Vaccination in Burma 1912-1922 - 1912-1922
Year: 1912
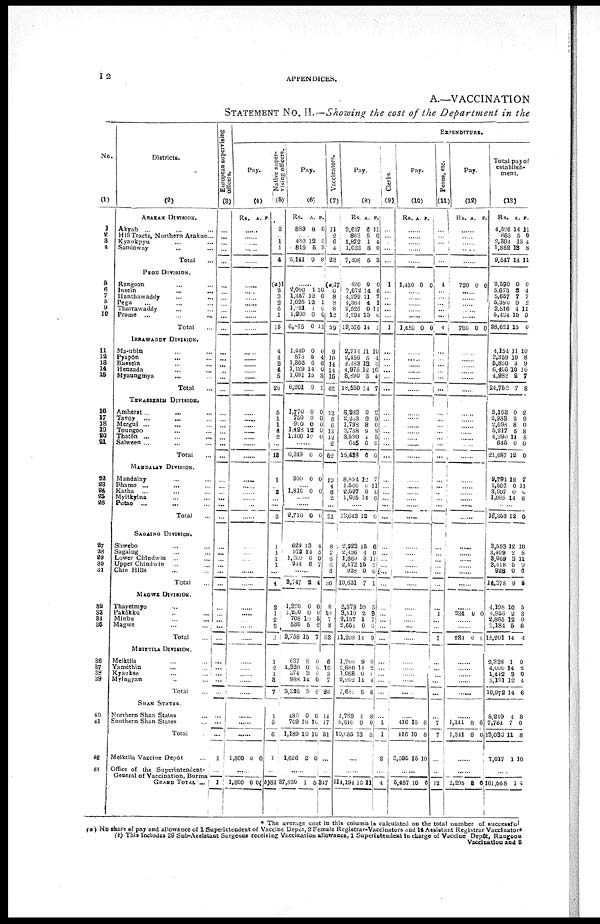
12
APPENDICES.
A.—VACCINATION
STATEMENT No. II.—Showing the cost of the Department in the
No.
(1)
1
2
3
4
5
6
7 8
9
10
11
12
13
14
15
16
17
18
19
20
21
22
23
24
25
26
27
28
29
30
31
32
33
34
35
36
37
38
39
40
41
42
42
Districts.
(2)
ARAKAN DIVISION.
Akyab ... ... ...
Hill Tracts, Northern Arakan ...
Kyankpyu ... ... ...
Sandoway ... ... ...
Total ...
PEGU DIVISION.
Rangoon ... ...
Insein ... ...
Hanthawaddy ... ...
Pegu ... ...
Tharrawaddy ... ...
Prome ... ... ...
Total ...
IRRAWADDY DIVISION.
Ma-ubin ... ...
Pyapôn ... ...
Bassein ... ...
Henzada ... ...
Myaungmya ... ...
Total ...
TEHAISIRIM DIVISION.
Amherst ... ...
Tavoy ... ...
Mergui ... ...
Toungoo ... ...
Thatôn ... ...
Salween ... ...
Total ...
MANDALAY DIVISION.
Mandalay ... ...
Bhamo ... ...
Katha ... ...
Myitkyina ... ...
Putao
...
...
Total ...
SAGAING DIVISION.
Shwebo ... ...
Sagaing ... ...
Lower Chindwin ... ...
Upper Chindwin ... ...
Chin Hills ... ...
Total ...
MAGWE DIVISION.
Thayetmyo ... ...
Pakôkku ... ...
Minbu ... ...
Magwe ... ...
Total ...
MEIKTILA DIVISION.
Meiktila ... ...
Yamèthin ... ...
Kyaukse ... ...
Myingyan ... ...
Total ...
SHAN STATES.
Northern Shan States ... ...
Southern Shan States ... ...
Total ...
Meiktila Vaccine Depôt ...
Office of the Superintendent-
General of Vaccination, Burma
GRAND TOTAL ...
European supervising
officers.
(3)
...
...
...
...
...
...
...
...
...
...
...
...
...
...
...
...
...
...
...
...
...
...
...
...
...
...
...
...
...
...
...
...
...
...
...
...
...
...
...
...
...
...
...
...
...
...
...
...
...
...
1
...
1
EXPENDITURE.
Pay.
(4)
Rs. A. P.
......
......
......
......
......
......
......
......
......
......
......
......
......
......
......
......
......
......
......
......
......
......
......
......
......
......
......
......
......
......
......
......
......
......
......
......
......
......
......
...... ......
......
......
......
......
......
......
......
......
......
1,800 0 9
...
1,800 0 0
Native super-
vising officers.
(5)
2
... 1
1
4
(a)1
2 3
2
6
1
15
4
4 3
4
5
20
5
1
1
4 2
...
13
1
... 2
...
...
3
...
...
... 1
...
4
2
1
2
3
3
1
2
1
3
7
1
5
6
1
...
(b)81
Pay.
(6)
Rs.
889
A.
8
P.
0
...... 432
819
3,141
12
5
9
0
3
8
......
2,000
1,357
1,025
1,091
1,200
6,875
1
12
12
4 0
0
10
0
1
0
0
11
1,440
873
1,366
1,429
1,091
6,201
0
5
6
14
15
9
0
4
6
0
3
1
1,770
750
900
1,428
1,400
0
0
0
12 10
0
0
0
0
0
......
6,249 6 0
900 0 0
...... 1,810 0 0
......
......
2,710 0 0
629
972
1,200
944
13
14
0
6
4
5
0
7
......
3,747 2 4
1,320
l,200
708
530
9,758
0
0
10
5
15
0
0
5
2
7
637
1,320
374
988
3,320
8
0
3
14
9
0
0
0
0
0
480
709
1,189
1,626
0
10
10
2
0
10
10
0
......
37,820 1 5
Vaccinators.
(7)
11
2
6
4
23
(a)17
6 8
8
8
12
59
9
10
14
14
15
62
13
6
6
13
12
2
52
19
4
6
2
...
31
8
7
6 6
3
30
8
10
7
8
33
6
10
3
7
26
14
17
31
...
...
347
Pay.
(8)
Rs.
3,637
863
1,872
1,033
7,406
A.
6
5
1
8
5
P.
11
0
4
0
3
420
3,672
4,299
4,364
2,525
4,294
19,576
0
14
11
4
0
15
11
0
6
7
1
11
0
1
2,714
2,486
4,483
4,975
8,890
18,550
11
5 13
12
3
14
10
4 3
10
4
7
8,983
2,233
1,798
3,788
3,590
645
15,488
0
3
8
9
1
0
6
2
9
0
8
5
0
0
8,894
1,566
2,097
1,035
12
0
0
14
7
12
0
6
......
13,643 12 0
2,923
2,436
1,869
2,473
928
10,631
15
4
3
15
0
7
6
0
11
2
0
1
2,878
3,619
2,157
2,654
11,208
10
2
1
0
14
5
3
7 6
9
1,700
2,680
1,068
2,202
7,652
9
14
0
11
5
0
2
0 4
6
4,769
5,316
10,085
4
9
13
8
0
8
......
......
114,194 12 11
Clerks.
(9)
...
...
...
...
...
1
...
...
...
...
...
1
...
...
...
...
...
...
...
...
...
...
...
...
...
...
...
...
...
...
...
...
...
...
...
...
...
...
...
... ...
...
...
...
...
...
...
...
1
1
2
...
4
Pay.
(10)
Rs. A.
P.
......
......
......
......
......
1,450 0 0
......
......
......
......
......
1,450 0 0
......
......
......
......
......
......
......
......
......
......
......
......
......
......
......
......
......
......
......
......
......
......
......
......
......
......
......
...... ......
.....
......
......
......
......
......
......
416
416
3,590
10
10
15
8
8
10
......
5,457 10 6
Peons, etc.
(11)
...
... ...
...
...
4
...
...
...
... ...
4
...
...
...
...
...
...
...
...
...
... ...
...
...
...
...
...
...
...
...
...
...
...
...
...
...
...
1
... ...
1
...
...
...
...
...
...
7
7
...
...
12
Pay.
(12)
Rs.
A. P.
......
......
......
......
......
720 0 0
......
......
......
......
......
720 0 0
......
......
......
......
......
......
......
......
......
......
......
......
......
......
......
......
......
......
......
......
......
......
......
......
......
......
234 0 0
...... ......
234 0 0
......
......
......
......
......
......
1,341
1,341
8
8
6
6
......
......
2,295 8 6
Total pay of
establish-
ment.
(13)
Rs.
4,526
863
2,304
1,852
9,547
A.
14
5
13
13
14
P.
11
0
4
8
11
2,590
5,673
5,657
5,390
3,816
5,494
28,621
0
8
7
0
4
15
15
0
4
7
2
11
0
0
4,154
3,359
5,850
6,405
4,982
24,752
11
10
3
10
2
7
10
8
9
10
7
8
5,153
2,983
2,698
5,217
4,990
645
21,687
0
2
8
5
11
0
12
2
9
0
8
5
0
0
9,794
1,566
3,907
1,085
12
0
0
14
7
11
0
6
...
16,353 12 0
3,553
3,409
3,069
3,418
928
14,378
12
2
3
5
0
9
10
5
11
9
6
5
4,198
4,953
2,865
3,184
15,201
10
2
12
5
14
5
3
0
8
4
2,338
4,000
1,442
3,191
10,972
1
14
3
12
14
0
2
0
4
6
5,249
7,784
13,033
7,017
4
7
11
1
8
0
8
10
......
161,568 1 4
* The average cost in this column is calculated on the total number of successful
(a ) No share of pay and allowance of 1 Superintendent of Vaccine Depôt, 2 Female Registrar-Vaccinators and 14 Assistant Registrar Vaccinators
(b) This Includes 29 Sub-Assistant Surgeons receiving Vaccination allowance, 1 Superintendent in charge of Vaccine Depôt, Rangoon
Vaccination and 3